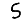
Digit: 5